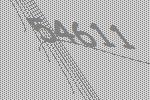
54611